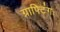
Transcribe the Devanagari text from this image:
ग्राफ्टिंगः